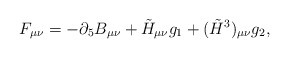
\begin{align*}F_{\mu\nu} = - \partial_5 B_{\mu\nu} + \tilde{H}_{\mu\nu} g_1 +(\tilde{H}^3)_{\mu\nu} g_2,\end{align*}